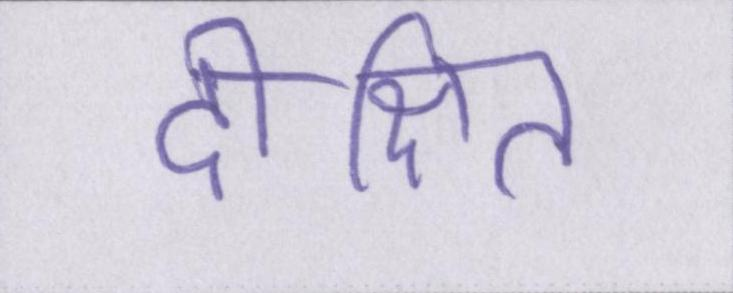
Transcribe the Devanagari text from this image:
दीक्षित